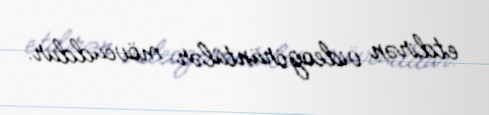
etdirən videogörüntülər mövcuddur.